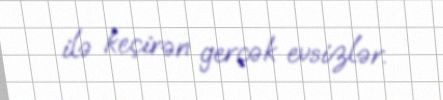
ilə keçirən gerçək evsizlər.